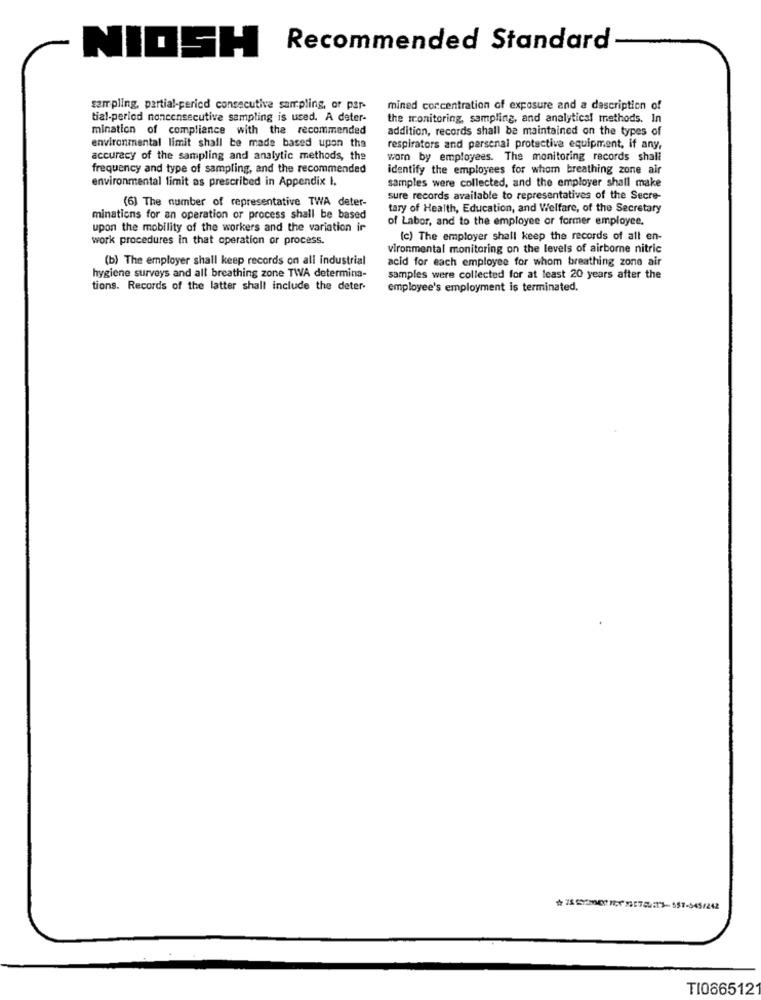
NIOSH
Recommended Standard
sar pling, partial-period consecutive sampling, or par-
mined concentration of exposure and a description of
tial-period nonconsecutive sampling is used. A deter-
the monitoring, sampling, and analytical methods. In
mination of compliance with the recommended
addition, records shall be maintained on the types of
environmental limit shall be made based upon tha
respirators and personal protective equipment, if any,
accuracy of the sampling and analytic methods, the
worn by employees. The monitoring records shall
frequency and type of sampling, and the recommended
identify the employees for whom breathing zone air
environmental limit as prescribed in Appendix I.
samples were collected, and the employer shall make
(6) The number of representative TWA deter-
sure records available to representatives of the Secre-
tary of Health, Education, and Welfare, of the Secretary
minations for an operation or process shall be based
of Labor, and to the employee or former employee.
upon the mobility of the workers and the variation ir
work procedures in that operation or process.
(c) The employer shall keep the records of all en-
vironmental monitoring on the levels of airborne nitric
(b) The employer shall keep records on all industrial
acid for each employee for whom breathing zone air
hygiene surveys and all breathing zone TWA determina-
samples were collected for at least 20 years after the
tions. Records of the latter shall include the deter-
employee's employment is terminated.
TI086512